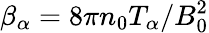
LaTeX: \beta_{\alpha}=8\pi n_{0}T_{\alpha}/B_{0}^{2}